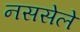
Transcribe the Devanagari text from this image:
नससेले